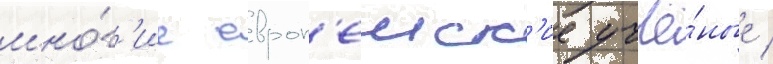
мно́г'ие европ'еиск'ие учё́ные /